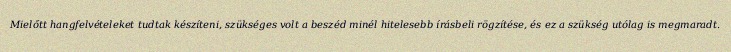
Mielőtt hangfelvételeket tudtak készíteni, szükséges volt a beszéd minél hitelesebb írásbeli rögzítése, és ez a szükség utólag is megmaradt.